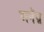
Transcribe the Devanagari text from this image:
अनॅग्न